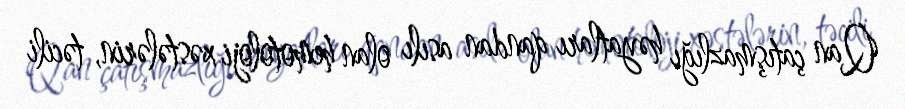
Qan çatışmazlığı həyatları qandan asılı olan hemotoloji xəstələrin, təcili